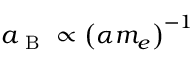
a _ { \mathrm { ~ B ~ } } \propto \left( \alpha m _ { e } \right) ^ { - 1 }